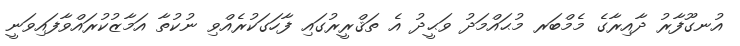
އުނގޫފާރު ދާއިރާގެ މެމްބަރ މުޙައްމަދު ވަޙީދު އެ ތަޤްރީރުގައި ފާހަގަކުރެއްވި ނުކުތާ އަމާޒުކުރައްވާފައިވަނީ